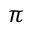
\pi